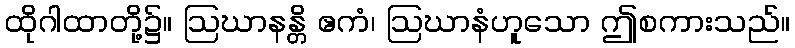
ထိုဂါထာတို့၌။ ဩဃာနန္တိ ဧကံ၊ ဩဃာနံဟူသော ဤစကားသည်။